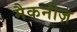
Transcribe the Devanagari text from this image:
मैकनीज़